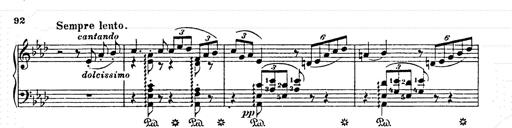
Title: AnnÃ©es de pÃ¨lerinage II
Composer: Franz Liszt